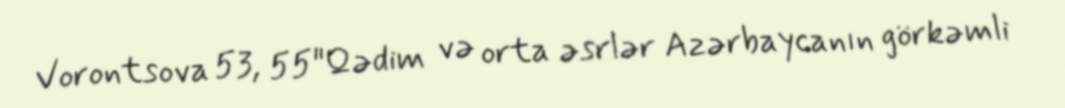
Vorontsova 53, 55"Qədim və orta əsrlər Azərbaycanın görkəmli